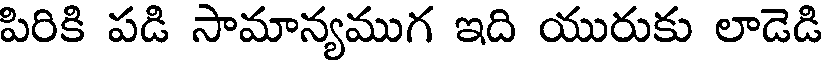
పిరికి పడి సామాన్యముగ ఇది యురుకు లాడెడి